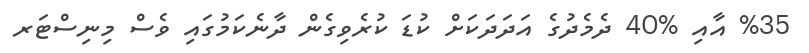
%35 އާއި %40 ދެމެދުގެ އަދަދަކަށް ކުޑަ ކުރެވިގެން ދާނެކަމުގައި ވެސް މިނިސްޓަރ